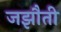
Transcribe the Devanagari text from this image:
जझौती